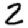
Digit: 2